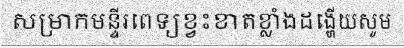
សម្រាកមន្ទីរពេទ្យខ្វះខាតខ្លាំងដង្ហើយសូម